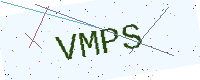
Text: VMPS